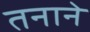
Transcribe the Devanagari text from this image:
तनाने